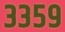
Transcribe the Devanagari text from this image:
३३५९